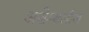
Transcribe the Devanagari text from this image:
असेम्बलीज